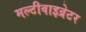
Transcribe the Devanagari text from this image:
मल्टीवाइव्रेटर